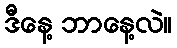
ဒီနေ့ ဘာနေ့လဲ။